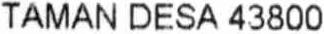
TAMAN DESA 43800